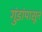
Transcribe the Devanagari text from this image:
गुंडांपासून